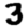
Digit: 3